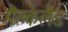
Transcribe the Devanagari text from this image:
मैक्लेलैंड